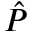
\hat { P }